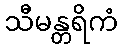
သီမန္တရိကံ